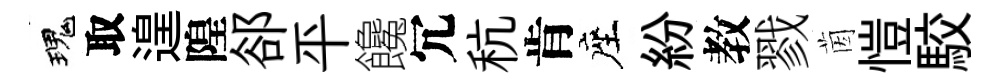
瑰取遑隍郤平饞冗秔肯座紛教戮茵愷駮